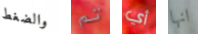
والضغط تم أي انها